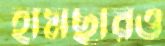
হামছারও